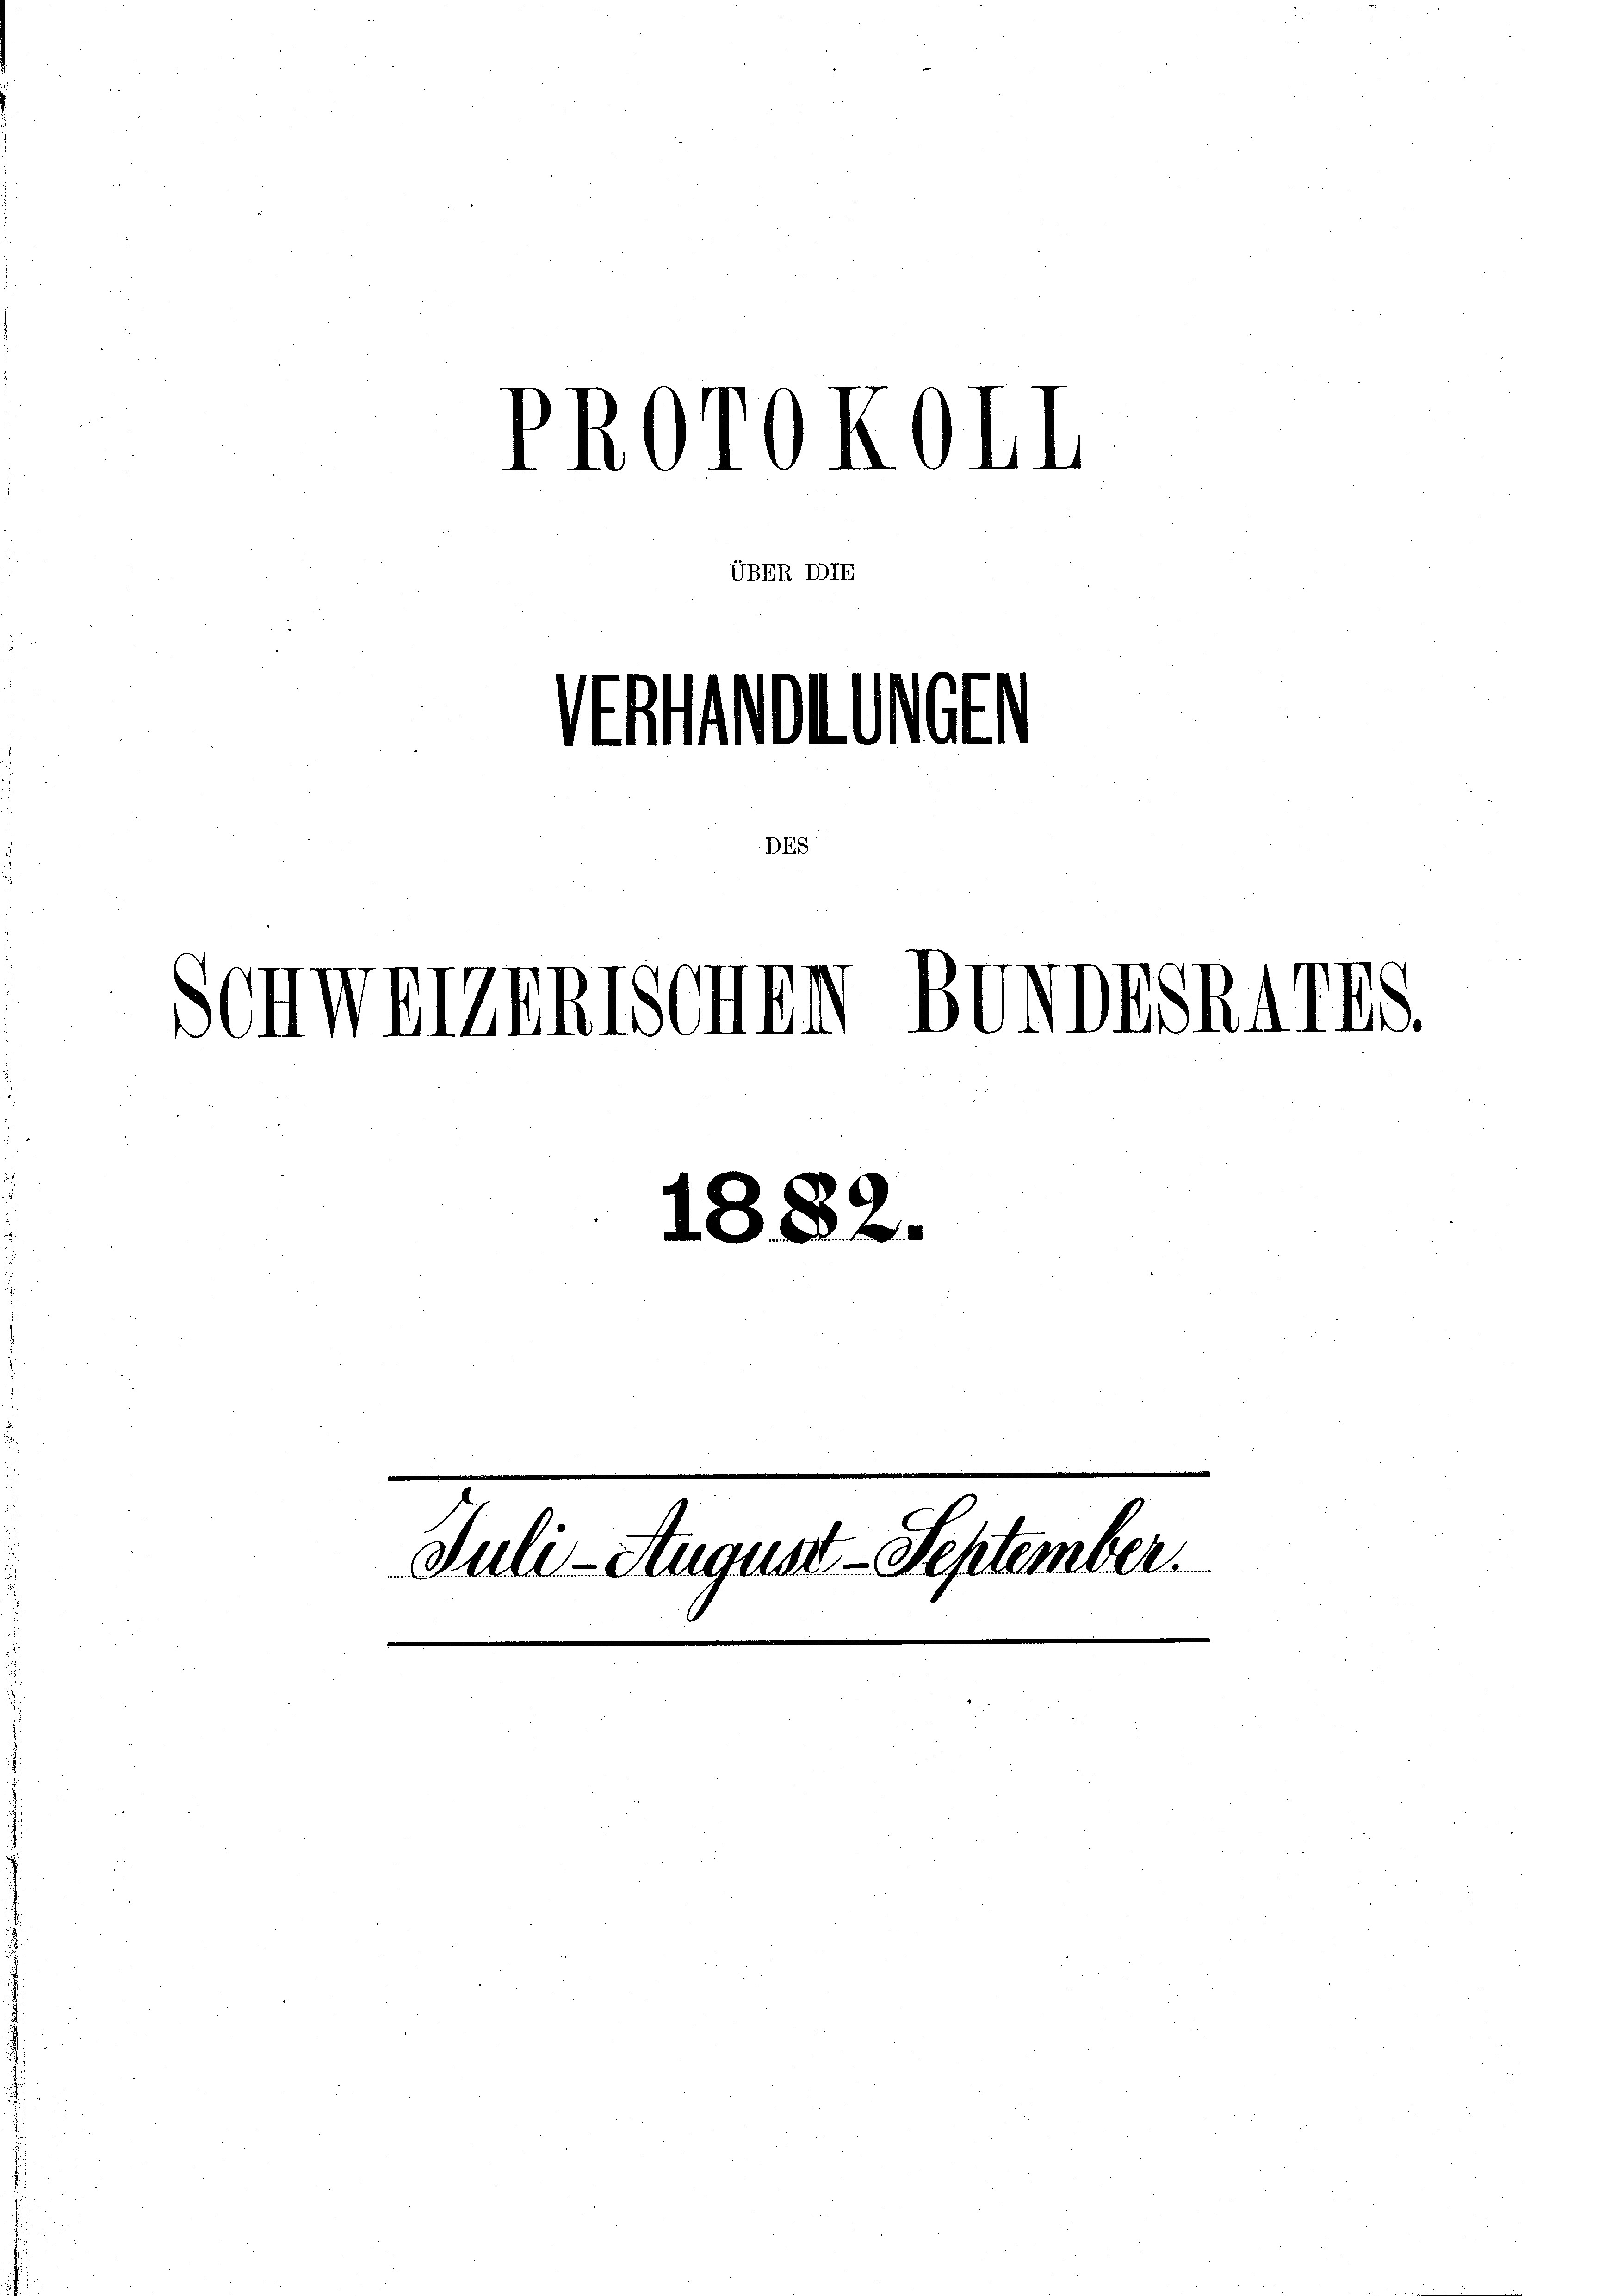
504

st

Welzunischen BUNDESRAIV

PROTOKOBL
UBER I

DES

1882.

Juli-August - September.
 Leere

.